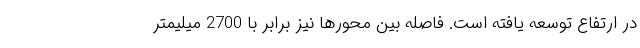
در ارتفاع توسعه یافته است. فاصله بین محورها نیز برابر با 2700 میلیمتر